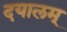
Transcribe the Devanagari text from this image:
दयालम्